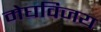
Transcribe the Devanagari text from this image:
मेघविजय